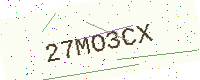
Text: 27MO3CX